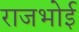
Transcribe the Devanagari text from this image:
राजभोई